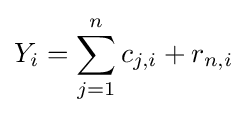
Y_{i}=\sum _{j=1}^{n}c_{j,i}+r_{n,i}